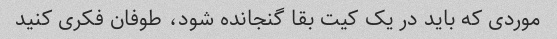
موردی که باید در یک کیت بقا گنجانده شود، طوفان فکری کنید